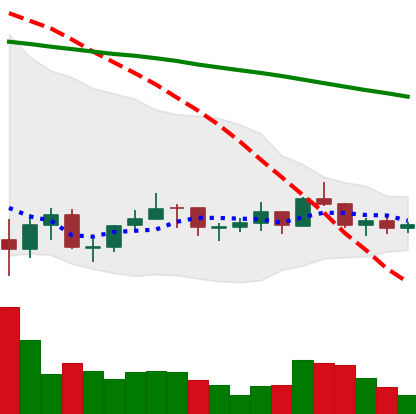
Ticker: LINK-USD
Chart end date: 2021-07-11
Forward return: -16.887%
Label: down_7plus